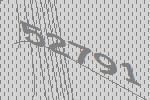
52791